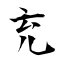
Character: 充